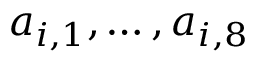
a _ { i , 1 } , \dotsc , a _ { i , 8 }